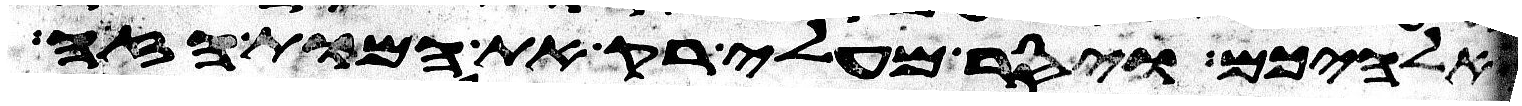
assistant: אלהיכם ויסר מעלי רק את המות הזה